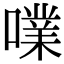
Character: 㗼